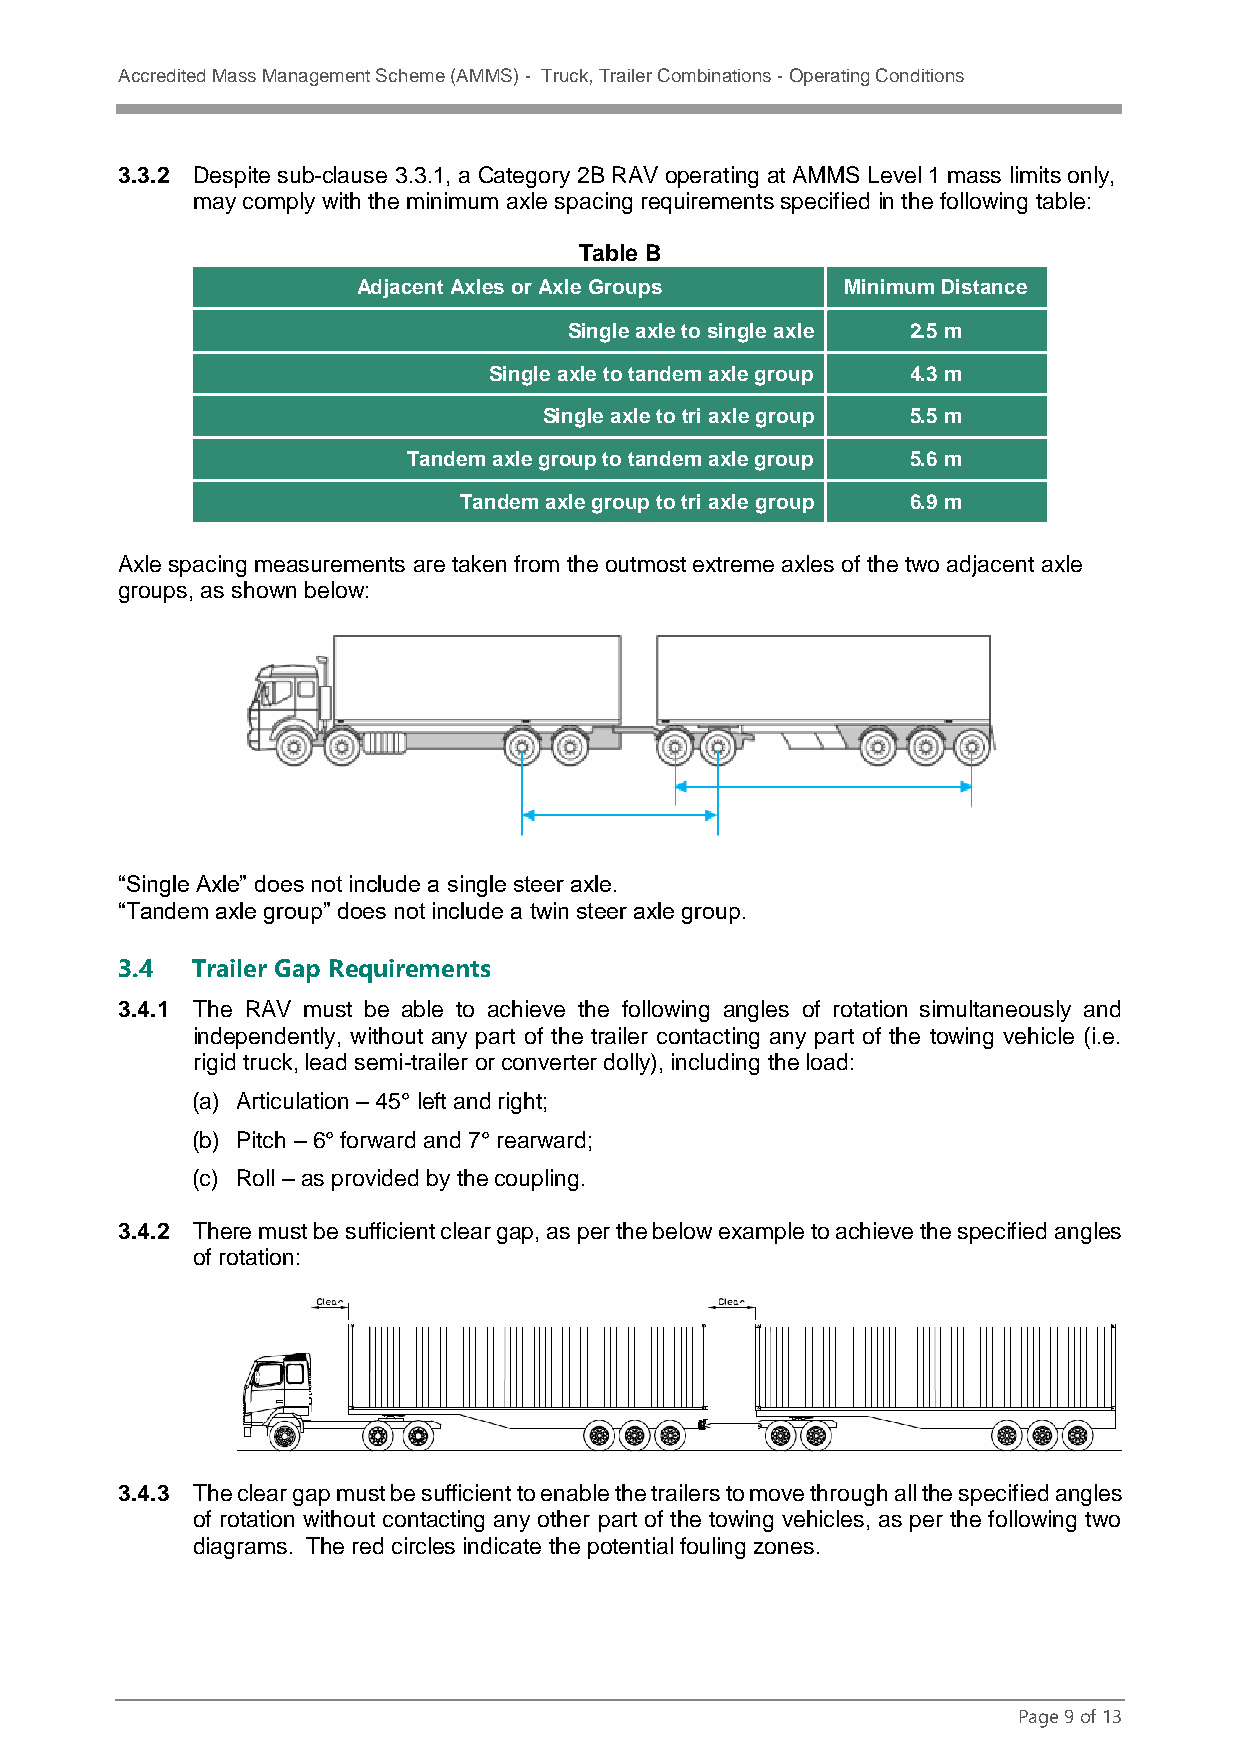
Accredited Mass Management Scheme (AMMS) - Truck, Trailer Combinations - Operating Conditions
 3.3.2 Despite sub-clause 3.3.1, a Category 2B RAV operating at AMMS Level 1 mass limits only,
 may comply with the minimum axle spacing requirements specified in the following table:
 Table B
 Adjacent Axles or Axle Groups   Minimum Distance
 Single axle to single axle 2.5 m
 Single axle to tandem axle group 4.3 m
 Single axle to tri axle group 5.5 m
 Tandem axle group to tandem axle group 5.6 m
 Tandem axle group to tri axle group 6.9 m
 Axle spacing measurements are taken from the outmost extreme axles of the two adjacent axle
 groups, as shown below:
 “Single Axle” does not include a single steer axle.
 “Tandem axle group” does not include a twin steer axle group.
 3.4  Trailer Gap Requirements
 3.4.1 The RAV must be able to achieve the following angles of rotation simultaneously and
 independently, without any part of the trailer contacting any part of the towing vehicle (i.e.
 rigid truck, lead semi-trailer or converter dolly), including the load:
 (a) Articulation – 45° left and right;
 (b) Pitch – 6° forward and 7° rearward;
 (c) Roll – as provided by the coupling.
 3.4.2 There must be sufficient clear gap, as per the below example to achieve the specified angles
 of rotation:
 3.4.3 The clear gap must be sufficient to enable the trailers to move through all the specified angles
 of rotation without contacting any other part of the towing vehicles, as per the following two
 diagrams. The red circles indicate the potential fouling zones.
 Page 9 of 13